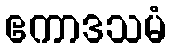
ဧကာဒသမံ